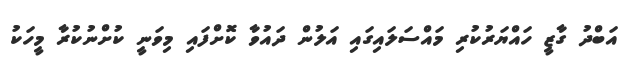
އަބްދު ގާޒީ ހައްޔަރުކުރި މައްސަލައިގައި އަލުން ދައުވާ ކޮށްފައި މިވަނީ ކުށްނުކުރާ މީހަކު